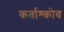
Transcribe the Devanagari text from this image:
कर्ताश्कोव